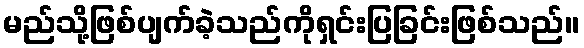
မည်သို့ဖြစ်ပျက်ခဲ့သည်ကိုရှင်းပြခြင်းဖြစ်သည်။